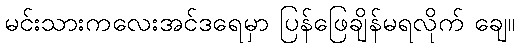
မင်းသားကလေးအင်ဒရေမှာ ပြန်ဖြေချိန်မရလိုက် ချေ။